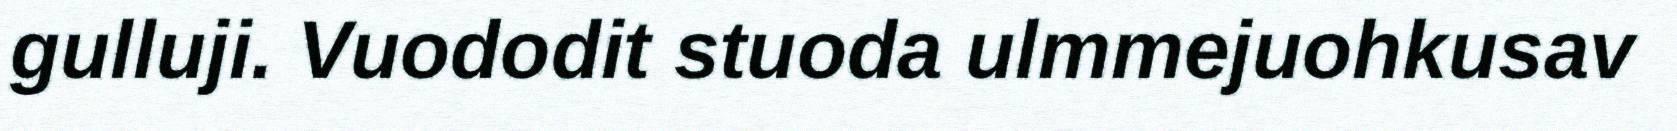
gulluji. Vuododit stuoda ulmmejuohkusav